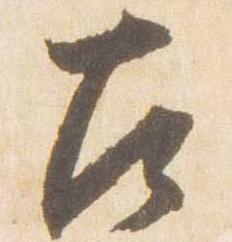
左